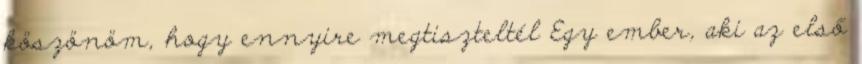
köszönöm, hogy ennyire megtiszteltél Egy ember, aki az első